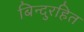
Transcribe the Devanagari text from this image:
बिन्दुरहित